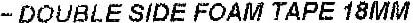
- DOUBLE SIDE FOAM TAPE 18MM